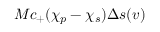
{ M c _ { + } ( \chi _ { p } - \chi _ { s } ) \Delta s ( v ) }